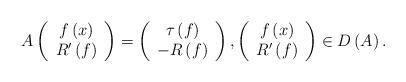
LaTeX: \begin{align*}A\left( \begin{array}{c}f\left( x\right) \\ R^{\prime }\left( f\right)\end{array}\right) =\left( \begin{array}{c}\tau \left( f\right) \\ -R\left( f\right)\end{array}\right) ,\left( \begin{array}{c}f\left( x\right) \\ R^{\prime }\left( f\right)\end{array}\right) \in D\left( A\right) . \end{align*}